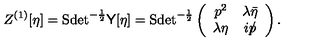
Z ^ { ( 1 ) } [ \eta ] = \mathrm { S d e t } ^ { - \frac 1 2 } { \sf Y } [ \eta ] = \mathrm { S d e t } ^ { - \frac 1 2 } \left( \begin{array} { c c } { p ^ { 2 } } & { \lambda \bar { \eta } } \\ { \lambda \eta } & { i p \llap / } \\ \end{array} \right) .